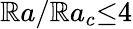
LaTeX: \mathbb{R}a/\mathbb{R}a_{c}{\le}4